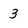
Character: 3